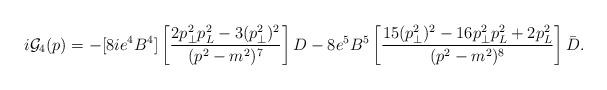
LaTeX: \begin{align*}i{\cal G}_4(p)=-[8ie^4B^4] \left [ { 2 p_{\bot}^2 p_L^2 -3 (p_{\bot}^2)^2 \over (p^2-m^2)^7}\right] D -8 e^5B^5 \left[ {15 ( p_{\bot}^2 )^2 -16 p_\bot^2 p_L^2 +2 p_L^2 \over (p^2-m^2)^8} \right] \bar D.\end{align*}